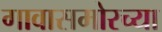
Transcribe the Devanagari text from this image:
गावासमोरच्या